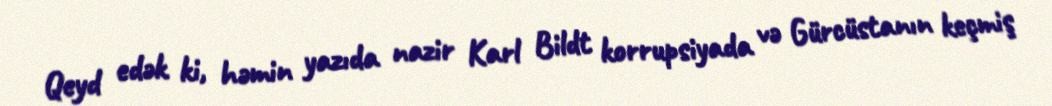
Qeyd edək ki, həmin yazıda nazir Karl Bildt korrupsiyada və Gürcüstanın keçmiş